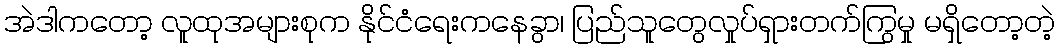
အဲဒါကတော့ လူထုအများစုက နိုင်ငံရေးကနေခွာ၊ ပြည်သူတွေလှုပ်ရှားတက်ကြွမှု မရှိတော့တဲ့